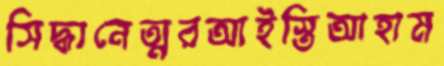
সিদ্ধানেত্মরআইস্তিআহাম